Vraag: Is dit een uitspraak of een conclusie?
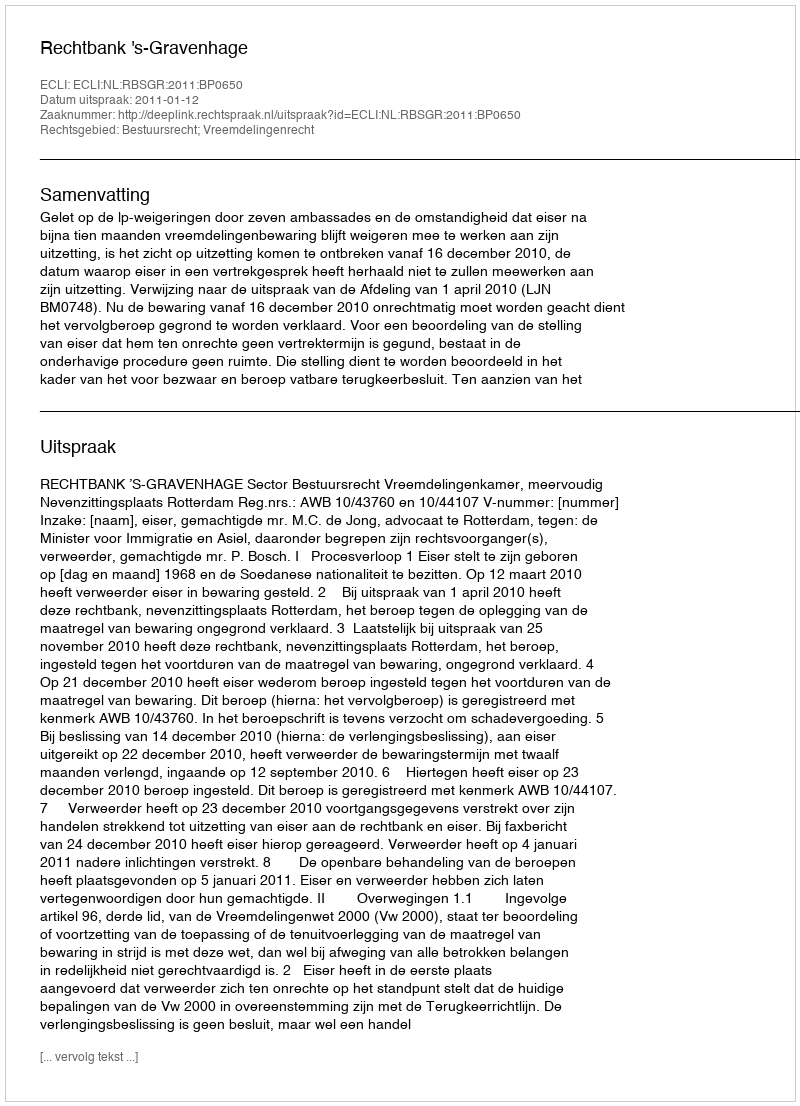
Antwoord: Uitspraak